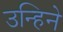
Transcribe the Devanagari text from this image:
उन्हिने